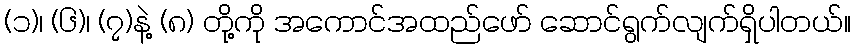
(၁)၊ (၆)၊ (၇)နဲ့ (၈) တို့ကို အကောင်အထည်ဖော် ဆောင်ရွက်လျက်ရှိပါတယ်။